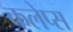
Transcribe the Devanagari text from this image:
कलेप्स